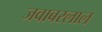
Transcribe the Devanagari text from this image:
जवाबरलाल